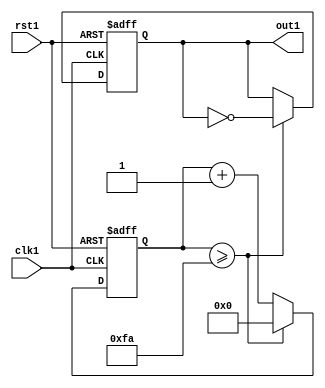
module DUT_TEST(clk1,rst1,out1);

input clk1, rst1;
output reg out1;
reg [9:0] count;

initial begin 
	count = 0;
	out1 = 0;
end

always @(posedge clk1 or negedge rst1) begin

	if (!rst1)begin
		count <= 0;
		out1 <= 0;
	end

	else if(count >= 250) begin 
		count <= 0;
		out1 <= ~out1;
	end

	else
		count = count + 1;
	end
	
endmodule

`timescale 1ms/1ms


module DUT_TEST_tb();

reg clk, rst;
wire out;

DUT_TEST U1(clk,rst,out);

initial begin
	clk = 1'b0;
	#10 rst = 1'b1;
	#1000 $display("1sec");
	#2000 $display("2sec");
	#3000 $display("3sec");
	#4000 $display("4sec");
	#5000 $display("5sec");
	#6000 $display("6sec");
	#7000 $display("7sec");
	#8000 $display("8sec");
	#9000 $display("9sec");
	#10000 $display("10sec");
	#10100 $finish;
end

always begin
	#1 clk = 1'b0;
	#1 clk = 1'b1;
end

endmodule